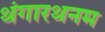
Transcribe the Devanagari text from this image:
थंगारथनम